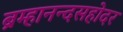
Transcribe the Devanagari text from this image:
ब्रम्हानन्दसहोदर